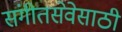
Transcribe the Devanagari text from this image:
संगीतसेवेसाठी